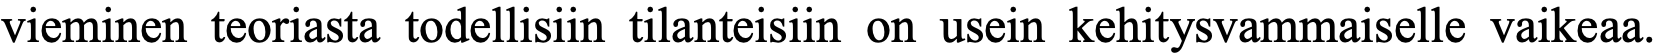
vieminen teoriasta todellisiin tilanteisiin on usein kehitysvammaiselle vaikeaa.